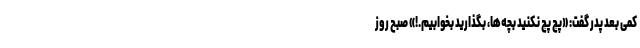
کمی بعد پدر گفت: «پچ پچ نکنید بچّه‌ها، بگذارید بخوابیم.!» صبح روز